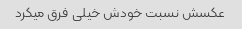
عکسش نسبت خودش خیلی  فرق میکرد